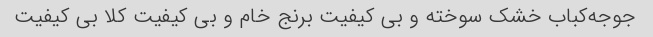
جوجه‌کباب خشک سوخته و بی کیفیت برنج خام و بی کیفیت کلا بی کیفیت